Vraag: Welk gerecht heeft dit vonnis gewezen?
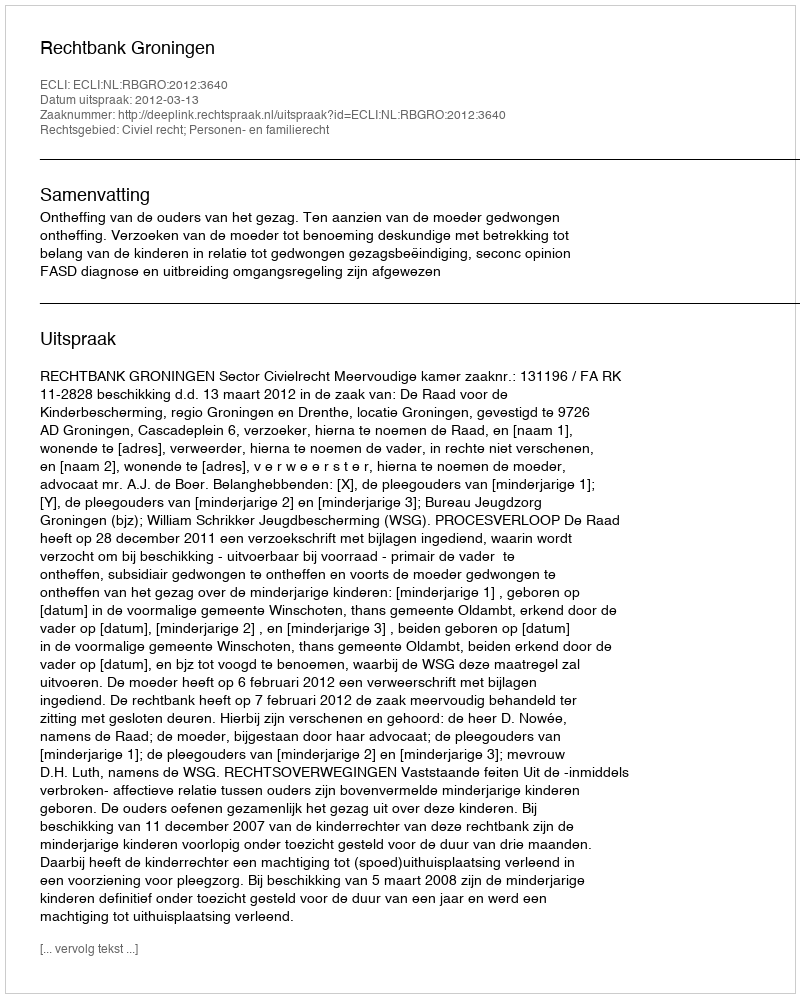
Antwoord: Rechtbank Groningen